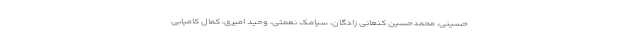
حسینی، محمدحسین کنعانی زادگان، سیامک نعمتی، وحید امیری، کمال کامیابی